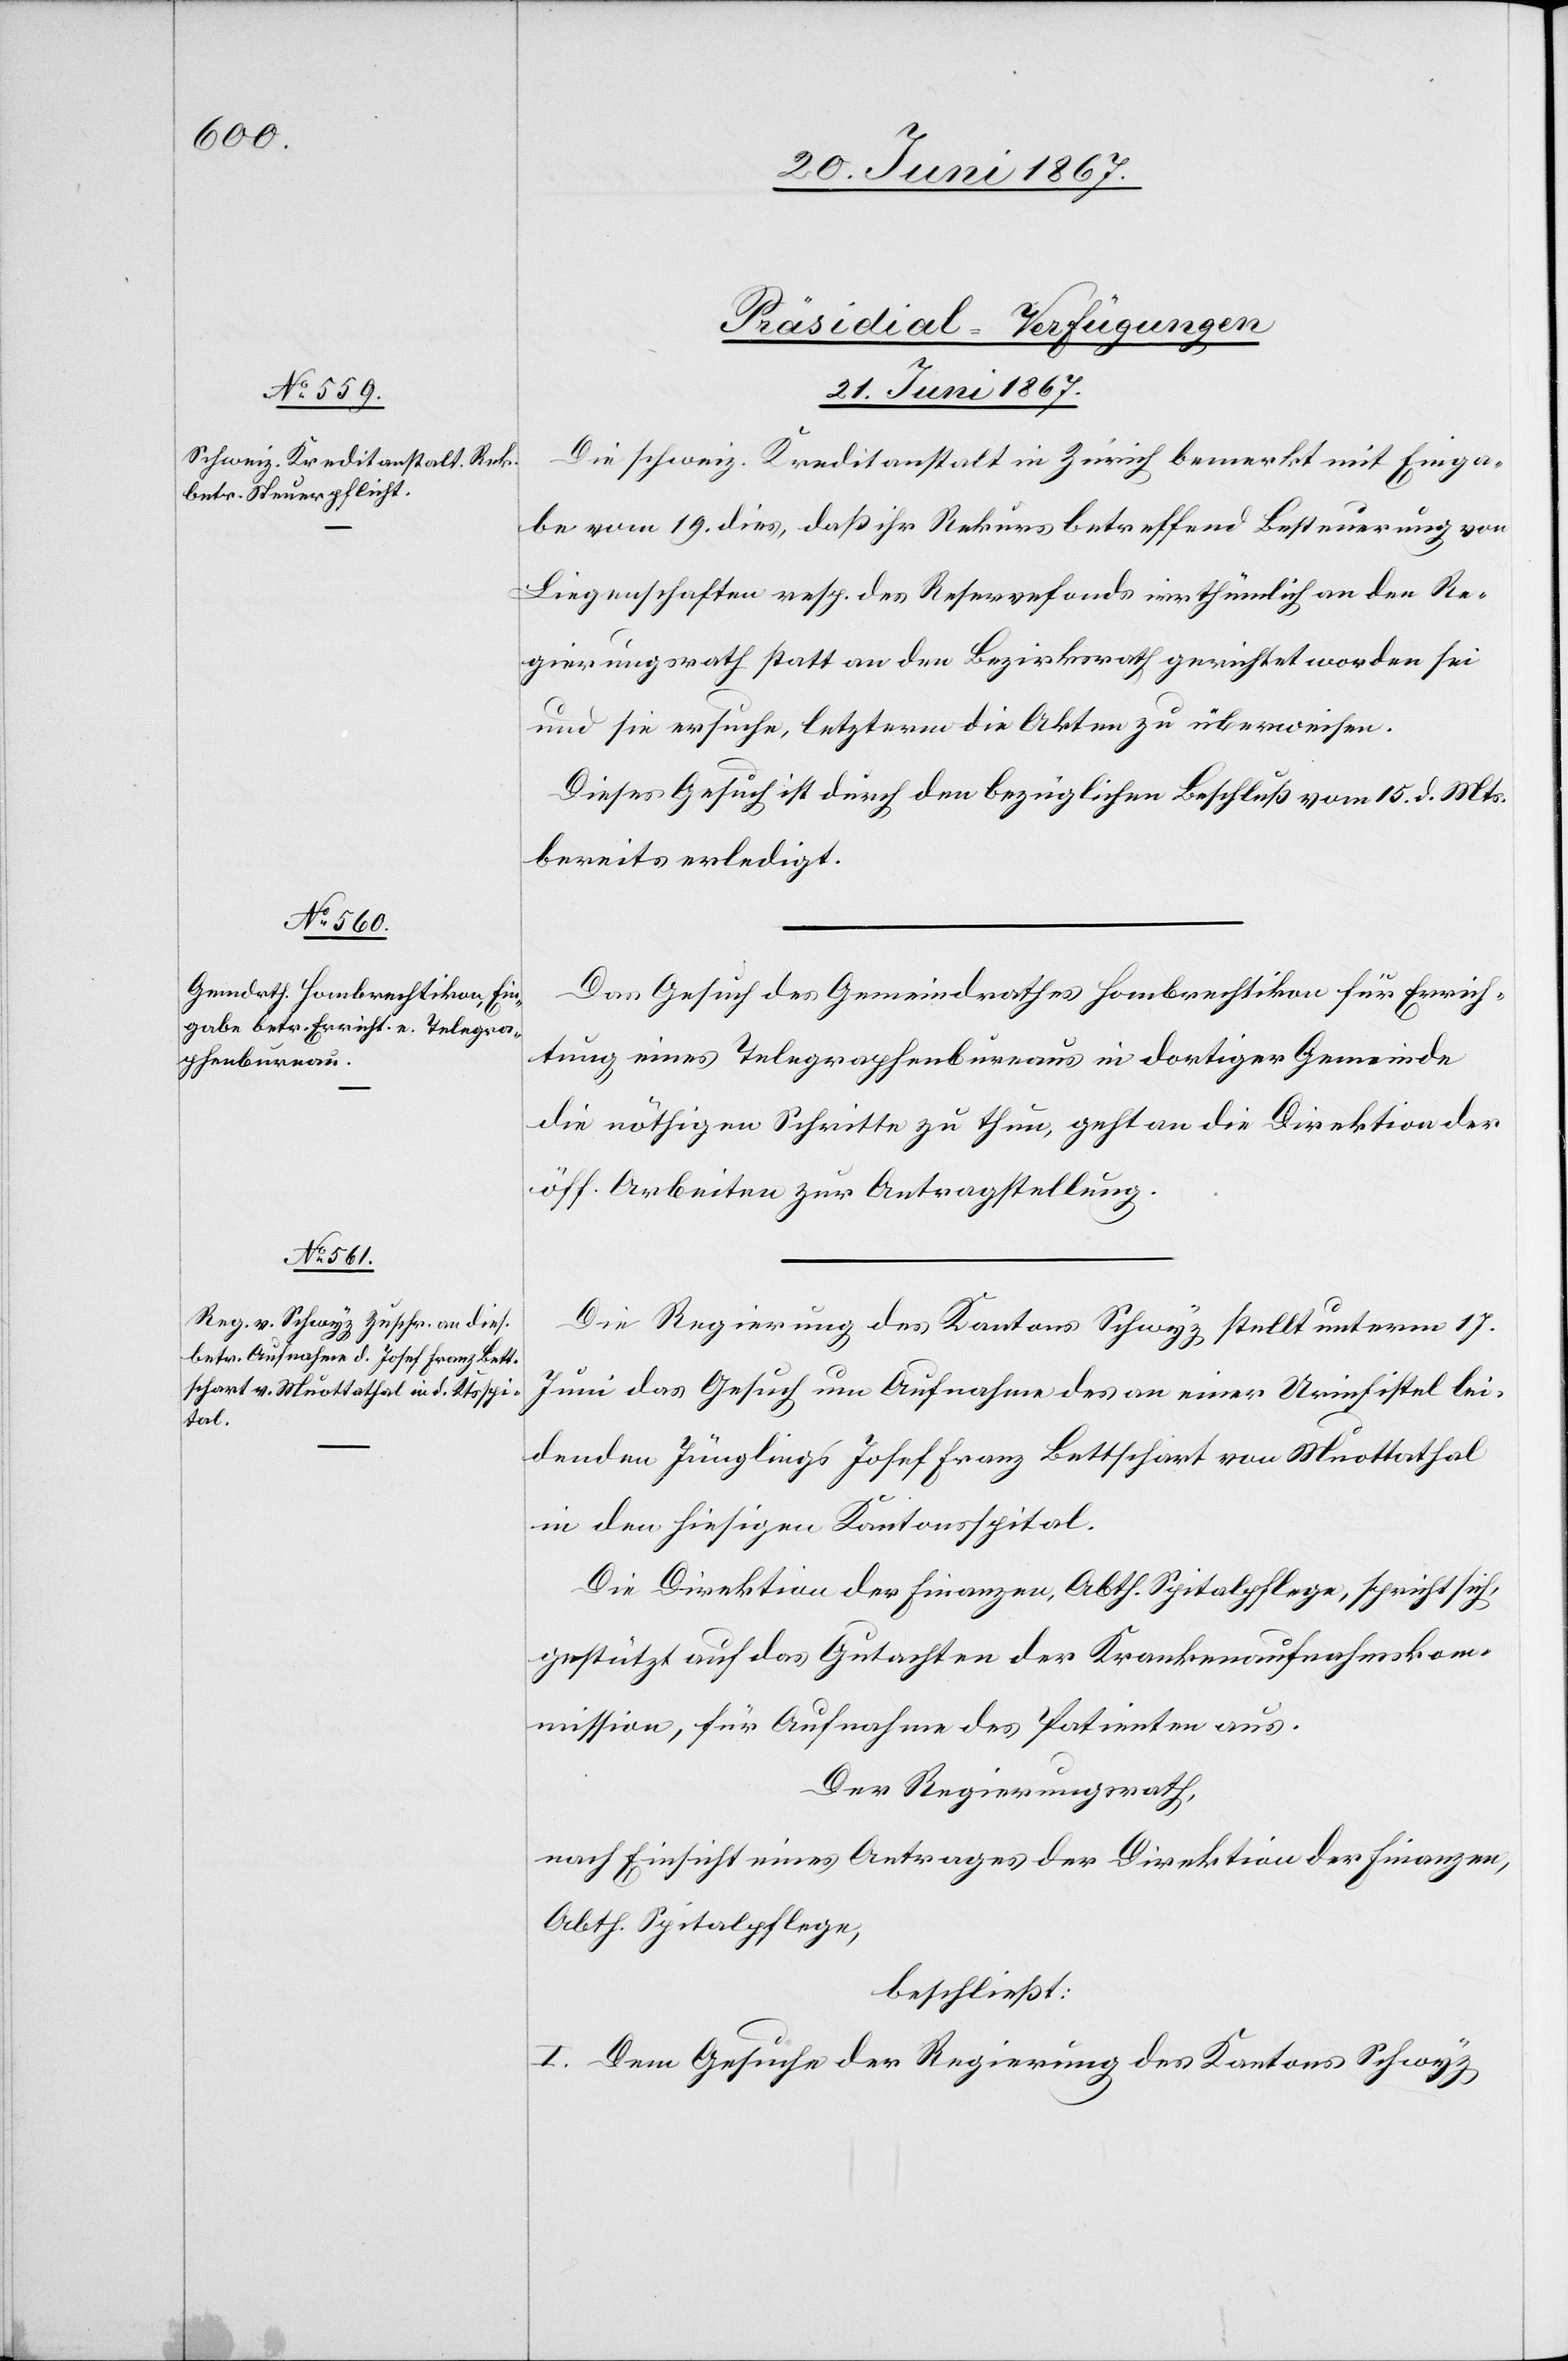
[Präsidial-Verfügungen.
21. Juni 1876.]
Die schweiz. Kreditanstalt in Zürich bemerkt mit Einga¬
be vom 19. dies, daß ihr Rekurs betreffend Besteuerung von
Liegenschaften resp. des. Reservefonds irrthümlich an den Re¬
gierungsrath statt an den Bezirksrath gerichtet worden sei
und sie ersuche, letzterm die Akten zu überweisen.
Dieses Gesuch ist durch den bezüglichen Beschluß vom 15. d. Mts.
bereits erledigt.
Das Gesuch des Gemeindrathes Hombrechtikon für Errich¬
tung eines Telegraphebureaus in dortiger Gemeinde
die nöthigen Schritte zu thun, geht an die Direktion der
öff. Arbeiten zur Antragstellung.
Die Regierung des Kantons Schwyz stellt unterm 17.
Juni das Gesuch um Aufnahme des an einer Urinfistel lei¬
denden Jünglings Josef Franz Bettschart von Muottathal
in den hiesigen Kantonsspital.
Die Direktion der Finanzen, Abth. Spitalpflege, spricht sich
gestützt auf das Gutachten der Krankenaufnahmskom¬
mission, für Aufnahme des Patienten aus.
Der Regierungsrath,
nach Einsicht eines Antrages der Direktion der Finanzen,
Abth. Spitalpflege,
beschließt:
I. Dem Gesuche der Regierung des Kantons Schwyz